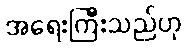
အရေးကြီးသည်ဟု